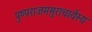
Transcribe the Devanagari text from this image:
पुष्पराजमसुराचार्यस्य